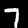
Digit: 7